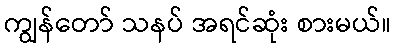
ကျွန်တော် သနပ် အရင်ဆုံး စားမယ်။